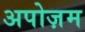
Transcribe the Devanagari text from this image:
अपोज़म